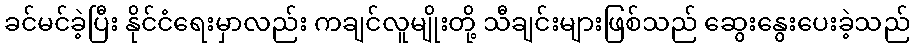
ခင်မင်ခဲ့ပြီး နိုင်ငံရေးမှာလည်း ကချင်လူမျိုးတို့ သီချင်းများဖြစ်သည် ဆွေးနွေးပေးခဲ့သည်